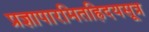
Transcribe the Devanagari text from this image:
प्रज्ञापारमितह्रिदयसूत्र